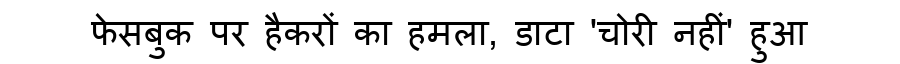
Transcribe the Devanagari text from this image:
फेसबुक पर हैकरों का हमला, डाटा 'चोरी नहीं' हुआ